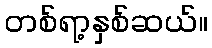
တစ်ရာ့နှစ်ဆယ်။